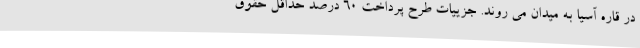
در قاره آسیا به میدان می روند. جزییات طرح پرداخت ۶۰ درصد حداقل حقوق